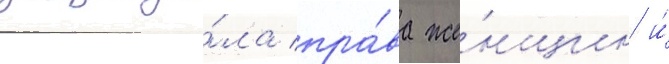
защища́ла пра́ва же́нщин и́